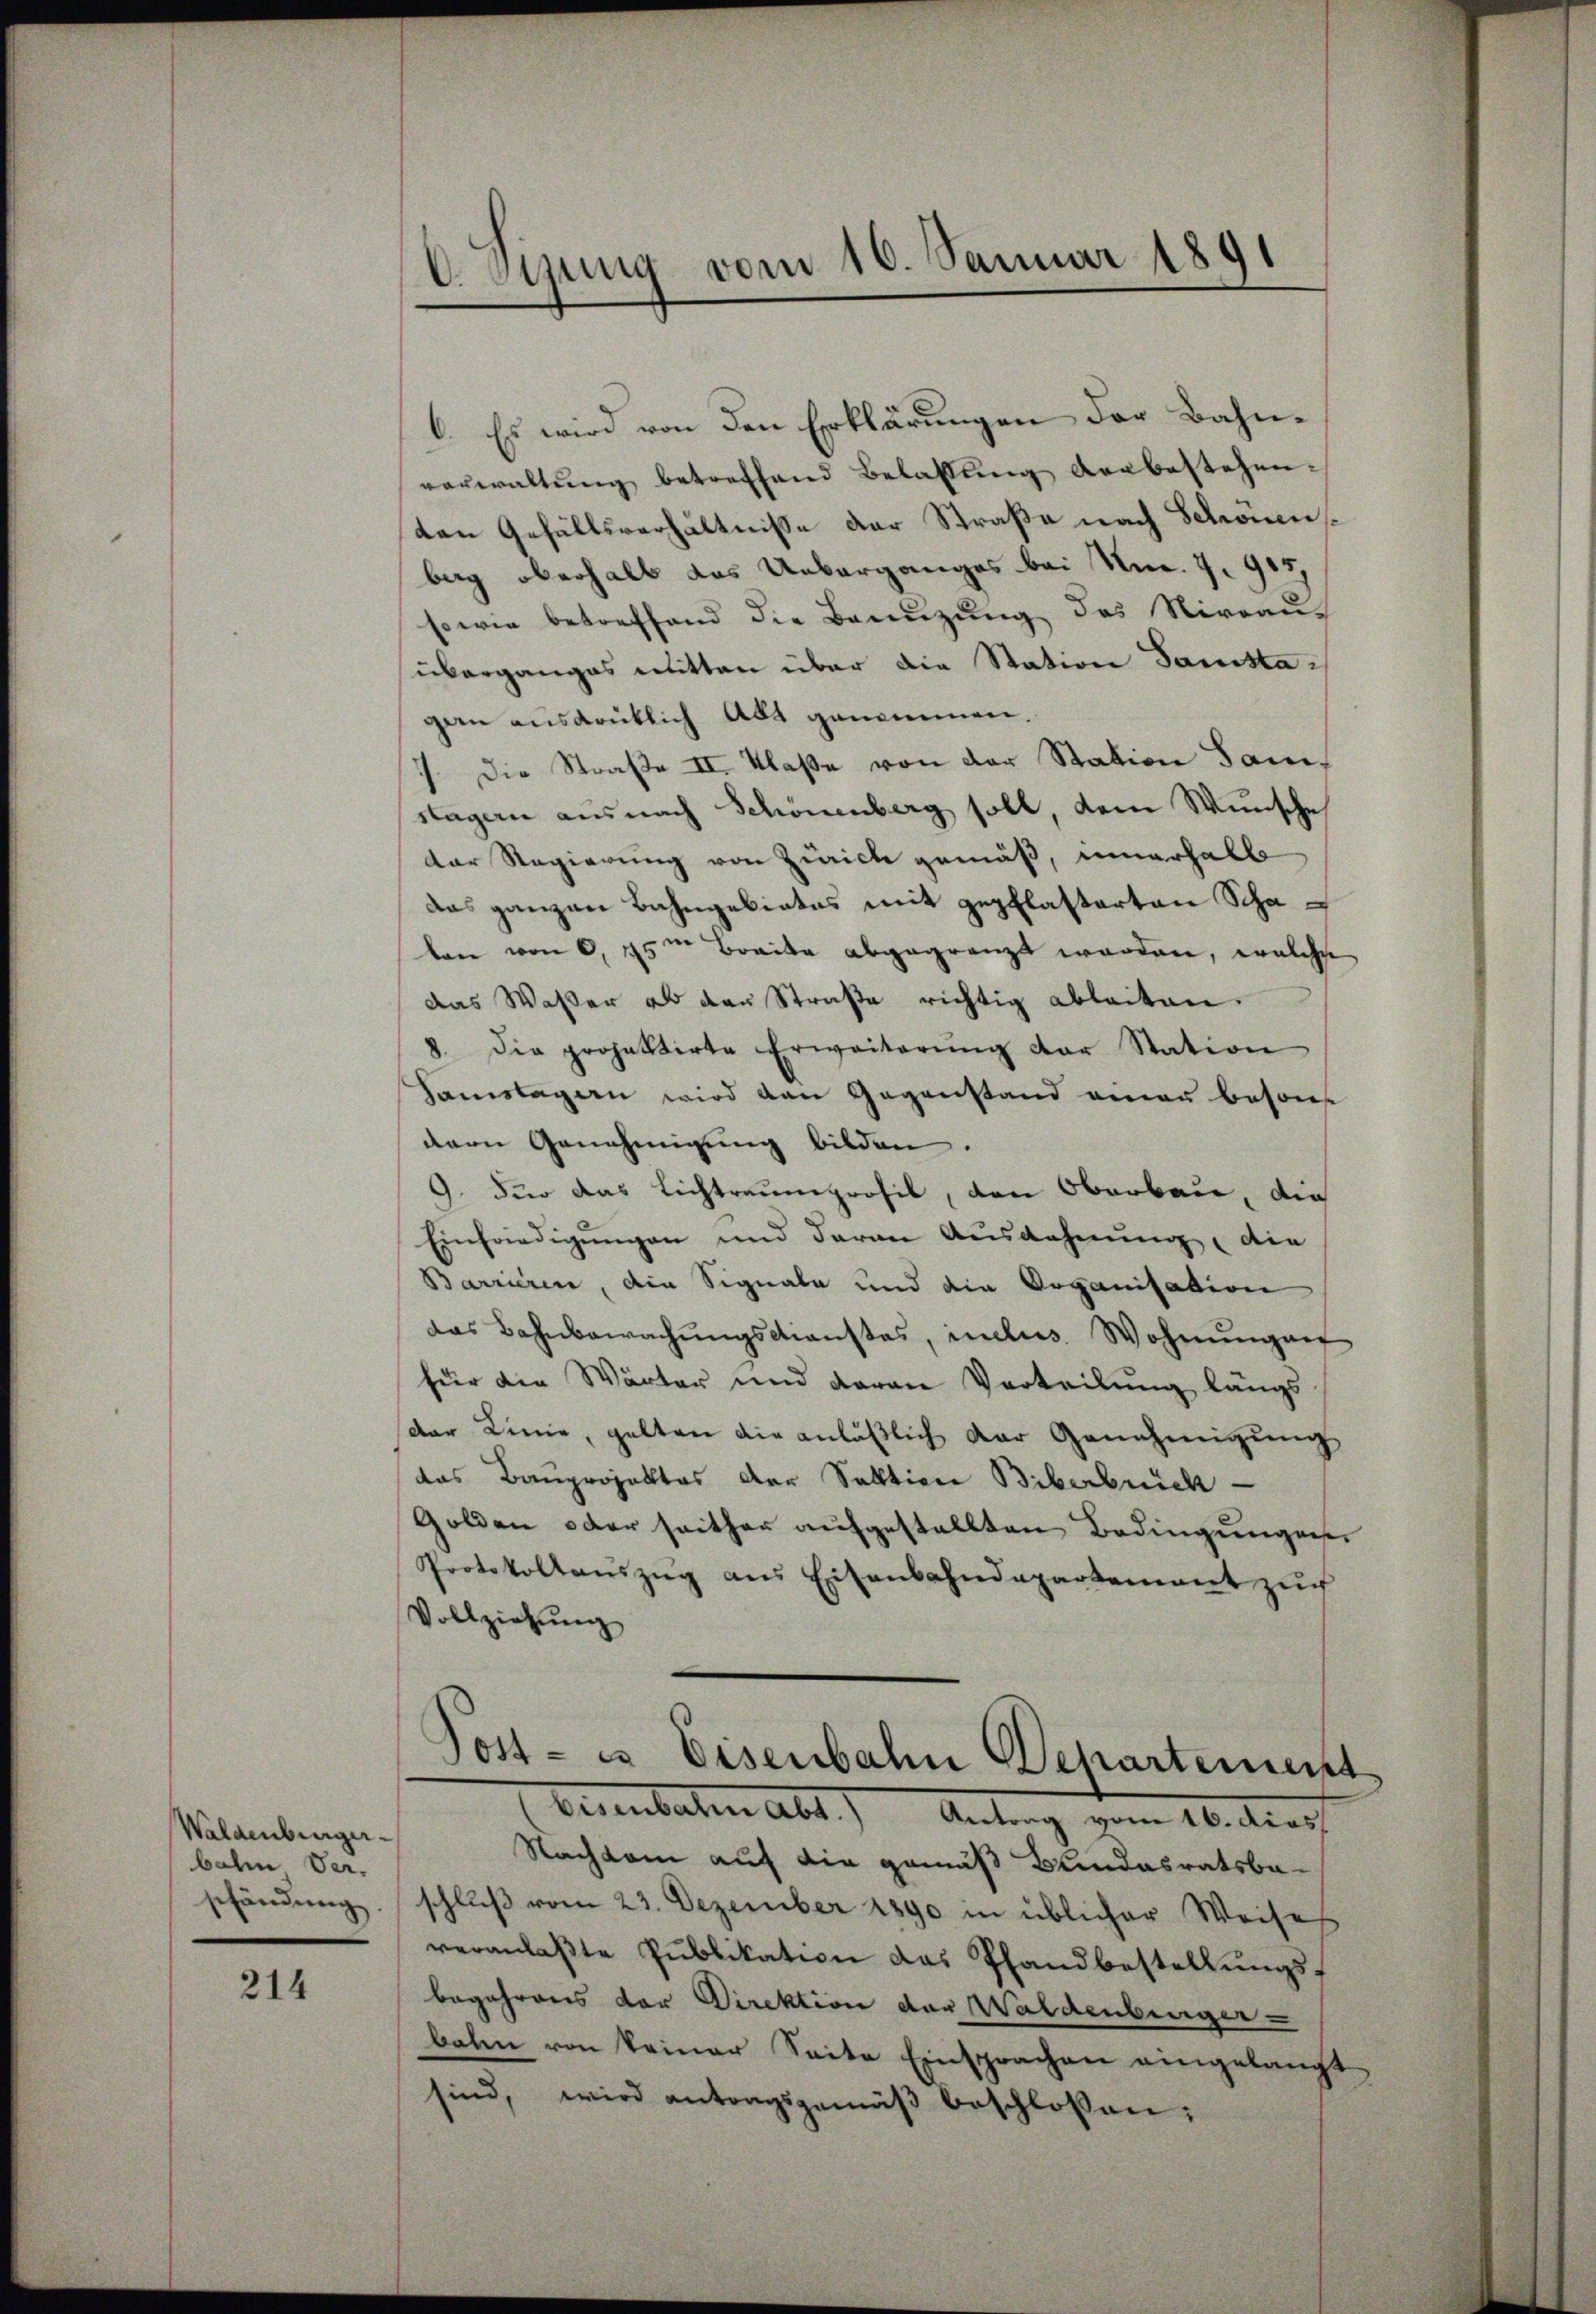
Waldenburger-
bahn Verschändung.

214

O. stung vom 10. Januar 1891

I. Es wird von den Erklärungen der Bahnverwaltŭng betreffend Belassŭng verbestehenten Gefällsverhältnisse der Straße nach Schönenberg oberhalb das Ueberganges bei Nr. 7. 915,
sowie betreffend die Benuzung des Niveau-
überganges mitten über die Station Samstagen ausdrüklich Abt genommen.
1. Die Straße II. Klaße von der Station Samstagen aus nach Schönenberg soll, dem Wunsche
der Regierung von Zürich gemäß, innerhalb
das ganzen Bahngebietes mit gepflastarten Schalan von 0,45m Breite abgegränzt worden, welche
das Wasser als den Straße richtig ableiten.
8. Die projektirte Erweiterŭng der Station
Sanslagen wird von Gegenstand einer beson
dern Genehmigung bilden.
9. Für das Lichtraumprosil, den Oberbau, die
Einfriedigungen und daran Ausdehnung, die
Barrieren, die Signale und die Organisation
das Bahnbewachungsdienstes, inclus Wohnungen
für die Wärter und daran Verteilung längs
der Linie, gelten die anläßlich der Genehmigung
das Bauprojektes der Saltion Biberbrück
Golden oder seither aufgestellten Bedingungen
Protokollanzŭg aŭs Eisenbahndepartement zŭr
Vollziehŭng
¬
Post - es Eisenbahn Departement

(Eisenbahn Abt.) Antrag vom 16. dies

Nachsam auf die gemäß Bundesratsbaschluß vom 23. Dezember 1890 in üblicher Weise
veranlaßte Publikation das Pfandbestellungsbegehrens der Direktion der Waldenberger
balen von keiner Seite Einsprachen eingelangt
sind, wird antragsgemäβ beschlossen: